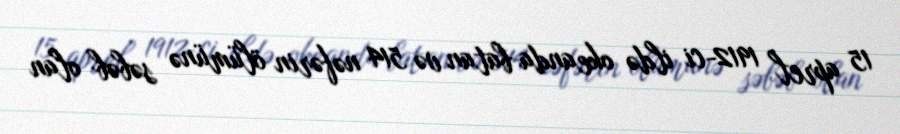
15 aprel 1912-ci ildə okeanda batan və 514 nəfərin ölümünə səbəb olan